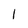
Character: 1